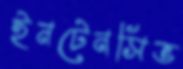
ইনটেনসিভ